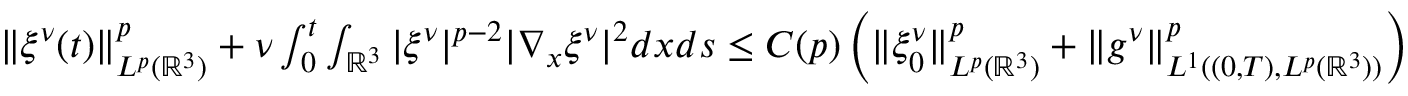
\begin{array} { r } { { \| \xi ^ { \nu } ( t ) \| _ { L ^ { p } ( \mathbb { R } ^ { 3 } ) } ^ { p } } + \nu \int _ { 0 } ^ { t } \int _ { \mathbb { R } ^ { 3 } } | \xi ^ { \nu } | ^ { p - 2 } | \nabla _ { x } \xi ^ { \nu } | ^ { 2 } d x d s \leq C ( p ) \left( \| \xi _ { 0 } ^ { \nu } \| _ { L ^ { p } ( \mathbb { R } ^ { 3 } ) } ^ { p } + \| g ^ { \nu } \| _ { L ^ { 1 } ( ( 0 , T ) , L ^ { p } ( \mathbb { R } ^ { 3 } ) ) } ^ { p } \right) } \end{array}